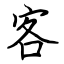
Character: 客